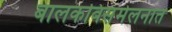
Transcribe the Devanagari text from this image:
बालकविसंमेलनात